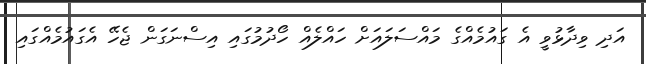
އަދި ވިދާޅުވީ އެ ގައުމެއްގެ މައްސަލައަށް ހައްލެއް ހޯދުމުގައި އިސްނަގަން ޖެހޭ އެގައުމެއްގައި